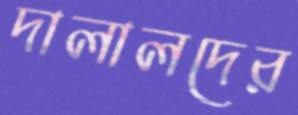
দালালদের